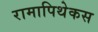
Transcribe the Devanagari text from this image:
रामापिथेकस